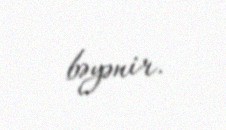
bəyənir.